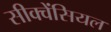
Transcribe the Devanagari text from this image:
सीक्वेंसियल